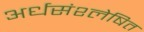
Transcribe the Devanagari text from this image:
अर्धसंश्लेषित